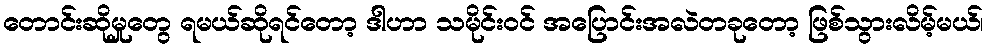
တောင်းဆိုမှုတွေ ရမယ်ဆိုရင်တော့ ဒါဟာ သမိုင်းဝင် အပြောင်းအလဲတခုတော့ ဖြစ်သွားလိမ့်မယ်၊